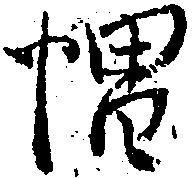
帽